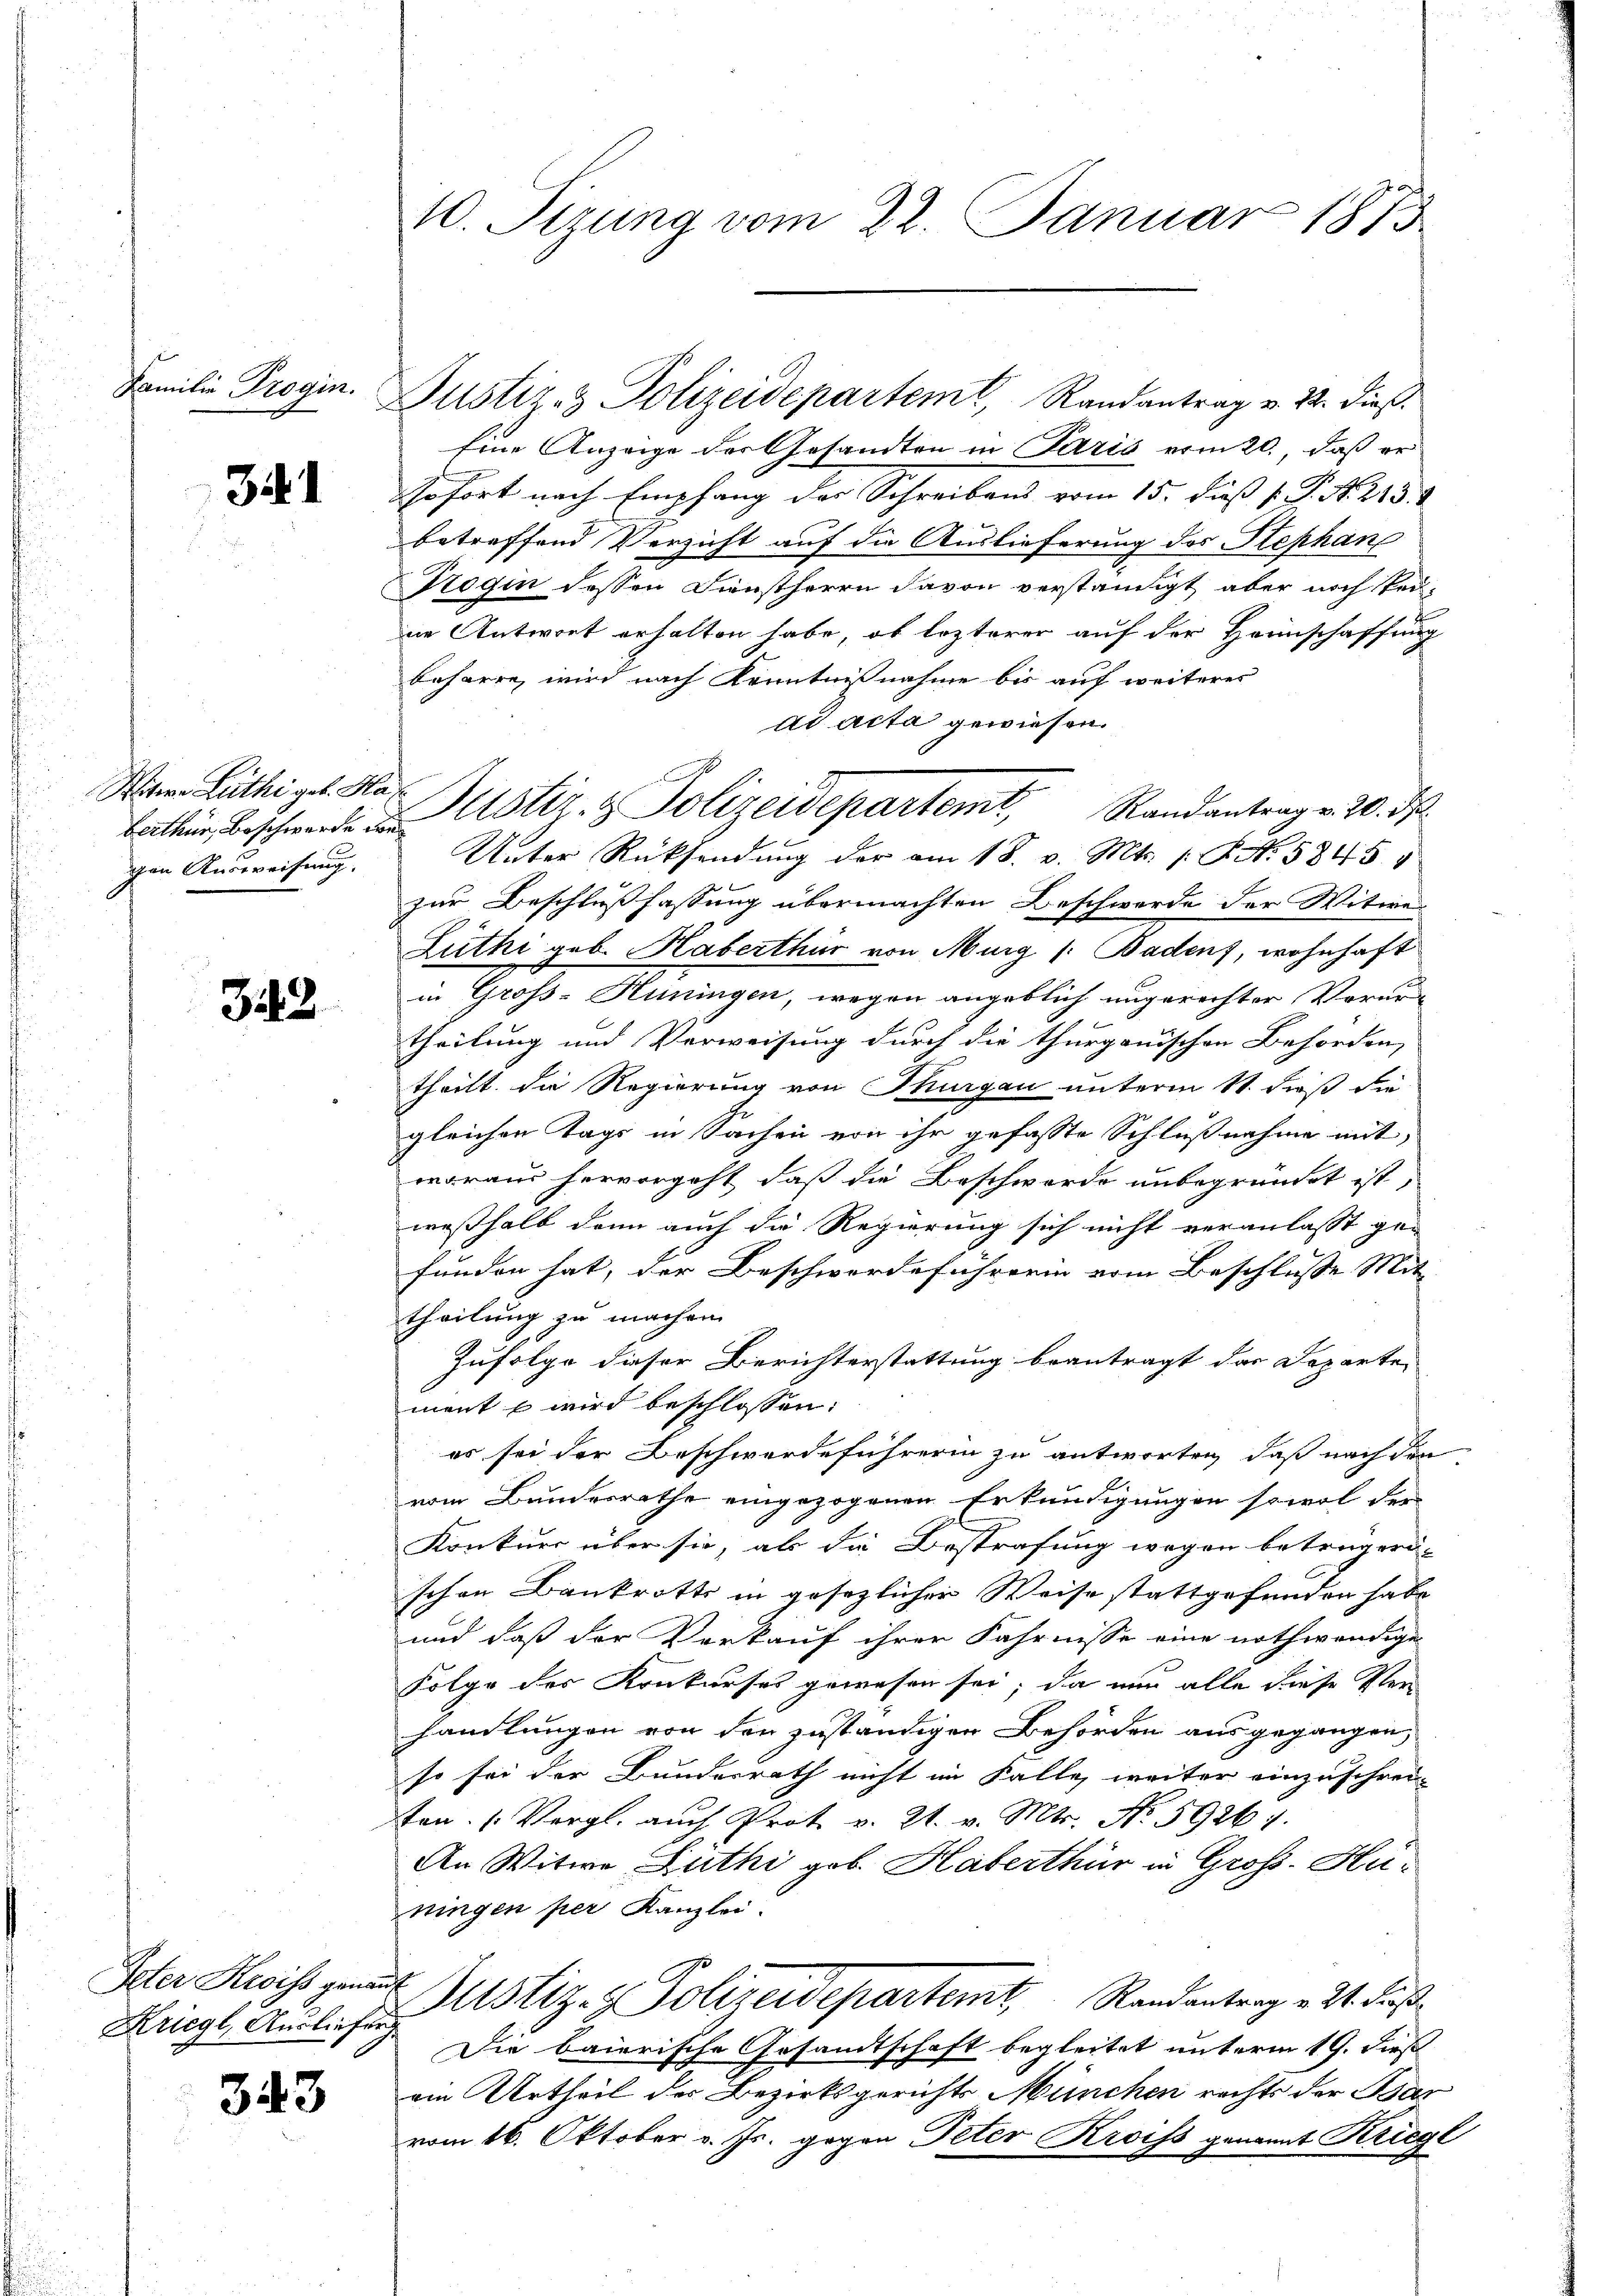
Familie Progin.

31

Mitere Zuthigel. Has
Berthur, Beschwerde de
gen Ausweisung.

322

Peter Kreiss genant
Kriegl, Ausliefung

343

Eine Anzeige der Gesandten in Paris vom 20. daß er
sofort nach Empfang des Schreibens vom 15. dieß P. Nr. 213.
betreffend Verzicht auf die Auslieferung des Stephan
Kogin dessen Dienstherrn davon verständigt, aber noch kei-
ne Antwort erhalten habe, ob lezterer auf der Heimschaffung
beharre, wird nach Kenntnisnahme bis auf weiteres
ad acta gewiesen.
Randantrag v. 20. ds.
Unter Rücksendung der am 18. v. Mts. 1. No. 5845
zur Beschlußfassung übermachten Beschwerde der Witwe
Zuthi geb. Haberthur von Murg (: Badens, wohnhaft
in Groß-Hüningen, wegen angeblich ungerechter Verurtheilung und Verweisung durch die thurgauischen Behörden,
theilt die Regierung von Thurgau unterm 11. dieß die
gleichen Tage in Sachen von ihr gefasste Schlußnahme mit
woraus hervorgeht, daß die Beschwerde unbegründet ist,
weßhalb dann auch die Regierung sich nicht veranlasst ge-
funden hat, der Beschwerdeführerin vom Beschlusse Mit- |
theilung zu machen.
Zufolge dieser Berichterstattung beantragt das Departe
ment u wird beschlossen:
es sei der Beschwerdeführerin zu antworten, daß nach den
vom Bundesrathe eingezogenen Erkundigungen sowol der
Konkurs über sie, als die Bestrafung wegen beträgeri-
schon Bankrotts in gesezlicher Weise stattgefunden habe
und daß der Verkauf ihrer Fahrnisse eine nothwendige
Folge des Konkurses gewesen sei; da nun alle diese Ver
handlungen von den zuständigen Behörden ausgegangen,
so sei der Bundesrath nicht im Falle, weiter einzuschrei-
ton. (Vergl. auch Prot. v. 21. v. Mts. No. 59261.
An Witwe Lüthi gob. Haberthür in Groß-Husingen per Kanzlei.
Justiz- & Polizeidepartemt. Randantrag v. 2. daß
Die baierische Gesandtschaft begleitet unterm 19. dieß
am Urtheil der Bezirksgerichts München rechts der Bas
vom 16. Oktober v. Js. gegen Peter Kroiss genannt Kriegl

10. Jerung vom 22. Januar 1873

Justiz- & Polizeidepartemt, Randantrag v. 22. dieß.

Justiz- & Polizeidepartemt,